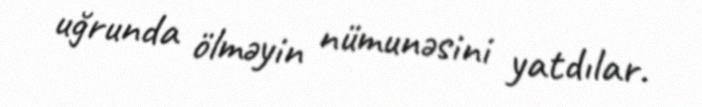
uğrunda ölməyin nümunəsini yatdılar.